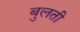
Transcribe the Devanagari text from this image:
बुलती